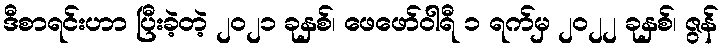
ဒီစာရင်းဟာ ပြီးခဲ့တဲ့ ၂၀၂၁ ခုနှစ်၊ ဖေဖော်ဝါရီ ၁ ရက်မှ ၂၀၂၂ ခုနှစ်၊ ဇွန်